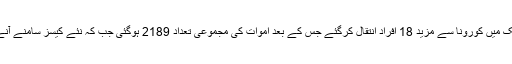
کراچی، لاہور، پشاور (سٹاف رپورٹر، مانیٹرنگ ڈیسک)ملک میں کورونا سے مزید 18 افراد انتقال کرگئے جس کے بعد اموات کی مجموعی تعداد 2189 ہوگئی جب کہ نئے کیسز سامنے آنے کے بعد مریضوں کی تعداد 110065 تک پہنچ گئی ہے۔